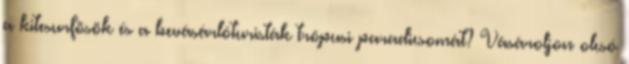
a kitesurfösök és a bevásárlóturisták trópusi paradicsomát? Vásároljon olcsó